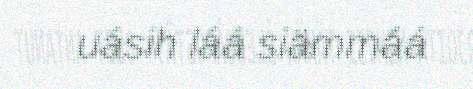
uásih láá siämmáá